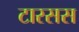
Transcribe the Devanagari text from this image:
टारसस